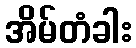
အိမ်တံခါး